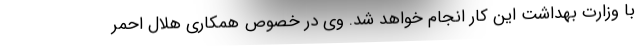
با وزارت بهداشت این کار انجام خواهد شد. وی در خصوص همکاری هلال احمر